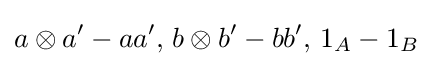
a\otimes a'-aa',\,b\otimes b'-bb',\,1_{A}-1_{B}